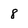
Character: 8